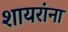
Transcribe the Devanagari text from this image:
शायरांना